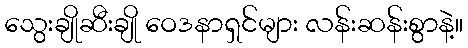
သွေးချိုဆီးချို ဝေဒနာရှင်များ လန်းဆန်းစွာနဲ့။